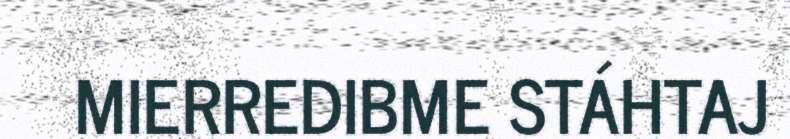
MIERREDIBME STÁHTAJ